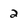
Character: 2